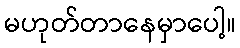
မဟုတ်တာနေမှာပေါ့။